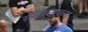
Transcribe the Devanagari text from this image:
समस्तरक्रम